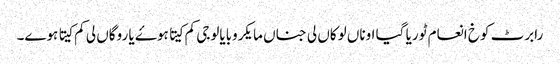
رابرٹ کوخ انعام ٹوریا گیا اوناں لوکاں لی جناں مایکروبایالوجی کم کیتا ہوۓ یا روگاں لی کم کیتا ہوے۔